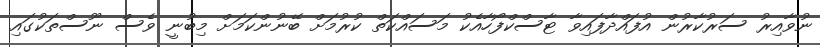
ނުވާއިރު ސަރުކާރުން އުފައްދާފައިވާ ޓާސްކްފޯހާއެކު މަސައްކަތް ކުރުމަށް ބޭނުންކަމަށް މިބުނީ ވެސް ނޫސްތަކުގައި